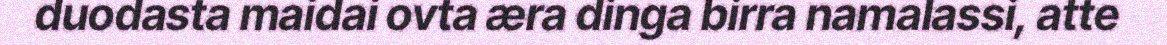
duodasta maidai ovta æra dinga birra namalassi, atte